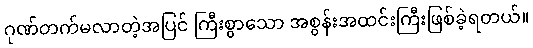
ဂုဏ်တက်မလာတဲ့အပြင် ကြီးစွာသော အစွန်းအထင်းကြီးဖြစ်ခဲ့ရတယ်။